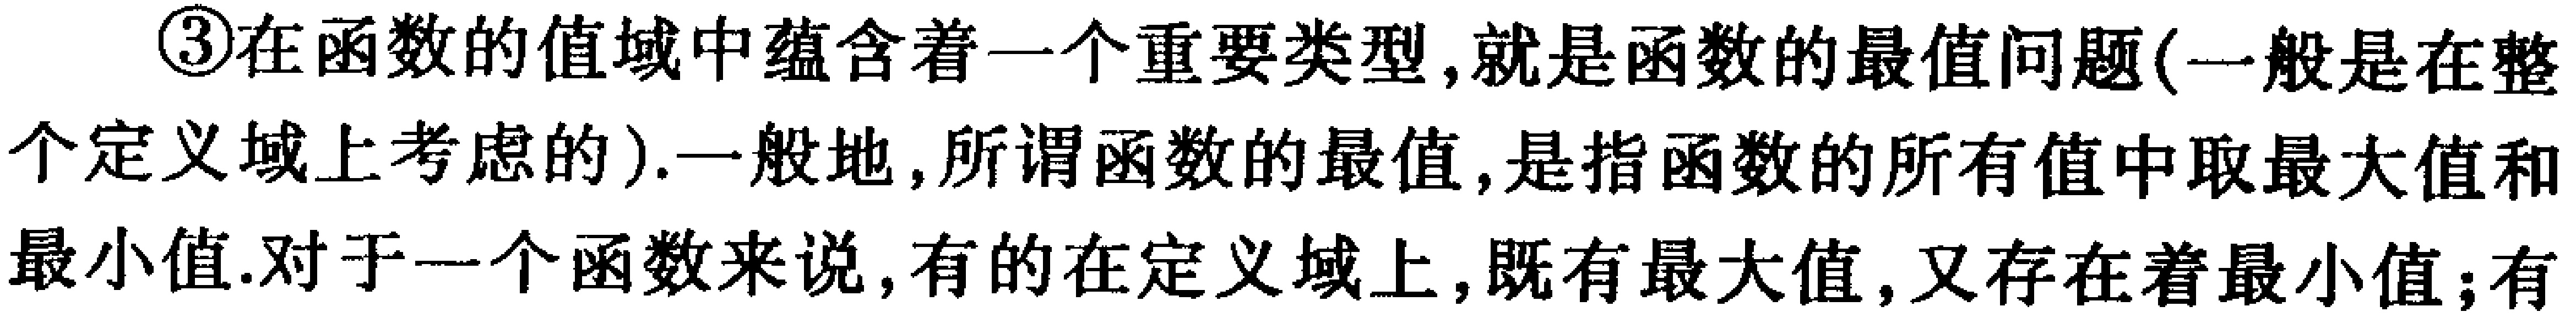
\textcircled{3}在函数的值域中蕴含着一个重要类型,就是函数的最值问题(一般是在整个定义域上考虑的).一般地,所谓函数的最值,是指函数的所有值中取最大值和最小值.对于一个函数来说,有的在定义域上,既有最大值,又存在着最小值;有